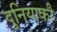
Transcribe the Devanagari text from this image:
दुनियाकी